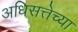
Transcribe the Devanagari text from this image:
अधिसत्तेच्या